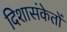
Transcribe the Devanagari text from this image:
दिशासंकेतों